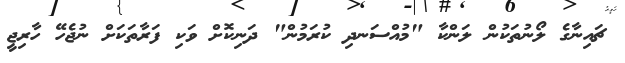
ޗައިނާގެ ލޯނުތަކުން ލަންކާ "މުއްސަނދި ކުރަމުން" ދަނިކޮށް ވަކި ފަރާތަކަށް ނުޖެހޭ ހާރިޖީ